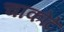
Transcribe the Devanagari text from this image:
चाकोटे